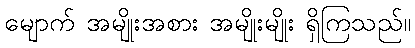
မျောက် အမျိုးအစား အမျိုးမျိုး ရှိကြသည်။